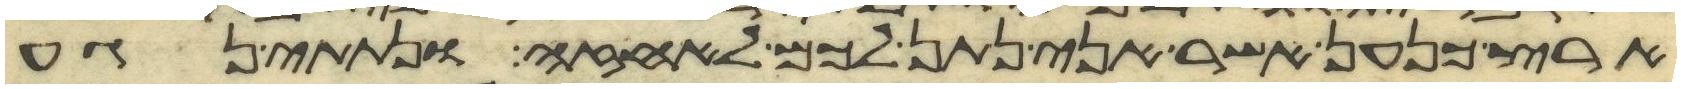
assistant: ארץ כנען אשר אני נתן לכם לאחזה ונתתי נגע